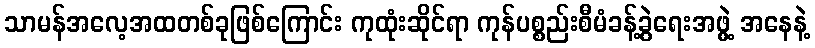
သာမန်အလေ့အထတစ်ခုဖြစ်ကြောင်း ကုထုံးဆိုင်ရာ ကုန်ပစ္စည်းစီမံခန့်ခွဲရေးအဖွဲ့ အနေနဲ့